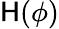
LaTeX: \mathsf{H}(\phi)